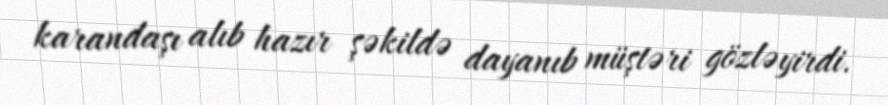
karandaşı alıb hazır şəkildə dayanıb müştəri gözləyirdi.